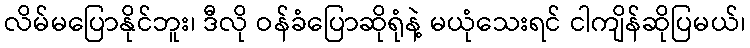
လိမ်မပြောနိုင်ဘူး၊ ဒီလို ဝန်ခံပြောဆိုရုံနဲ့ မယုံသေးရင် ငါကျိန်ဆိုပြမယ်၊